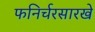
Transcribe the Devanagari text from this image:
फनिर्चरसारखे